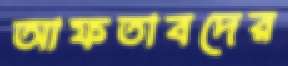
আফতাবদের